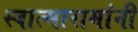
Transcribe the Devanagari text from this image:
स्वात्मारामांनी